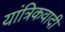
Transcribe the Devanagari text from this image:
यांत्रिकवादी